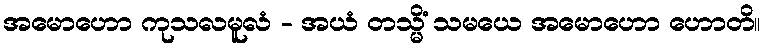
အမောဟော ကုသလမူလံ - အယံ တသ္မိံ သမယေ အမောဟော ဟောတိ။